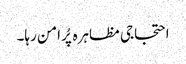
احتجاجی مظاہرہ پُرامن رہا۔